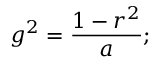
g ^ { 2 } = { \frac { 1 - r ^ { 2 } } { a } } ;